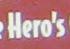
hero's